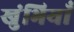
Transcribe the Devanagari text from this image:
खुंभियाँ